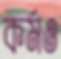
কর্মও